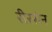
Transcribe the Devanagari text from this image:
रीस्सेन